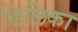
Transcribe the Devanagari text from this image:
ढिलिका